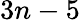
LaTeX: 3n-5